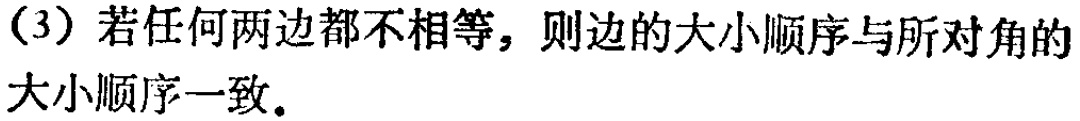
（3）若任何两边都不相等，则边的大小顺序与所对角的大小顺序一致.